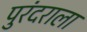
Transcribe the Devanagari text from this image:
पुरंदराला